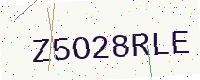
Text: Z5O28RLE